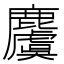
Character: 𪋬